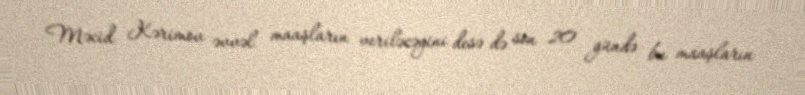
Məcid Kərimov əvvəl maaşların veriləcəyini desə də son 20 gündə bu maaşların